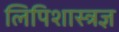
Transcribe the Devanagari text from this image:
लिपिशास्त्रज्ञ